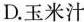
D.玉米汁